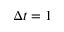
\Delta t = 1